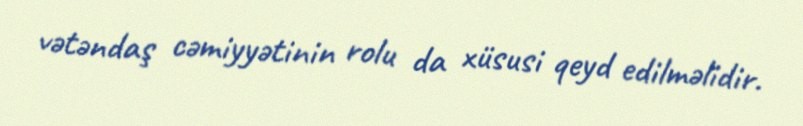
vətəndaş cəmiyyətinin rolu da xüsusi qeyd edilməlidir.